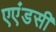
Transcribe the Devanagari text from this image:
एएंडसी